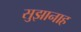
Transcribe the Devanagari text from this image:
सुझानाह